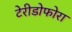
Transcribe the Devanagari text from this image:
टेरीडोफोरा